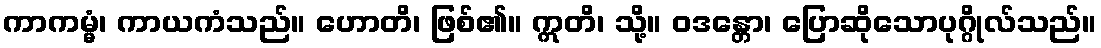
ကာကမ္မံ၊ ကာယကံသည်။ ဟောတိ၊ ဖြစ်၏။ ဣတိ၊ သို့။ ဝဒန္တော၊ ပြောဆိုသောပုဂ္ဂိုလ်သည်။